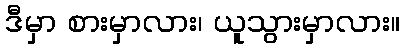
ဒီမှာ စားမှာလား၊ ယူသွားမှာလား။